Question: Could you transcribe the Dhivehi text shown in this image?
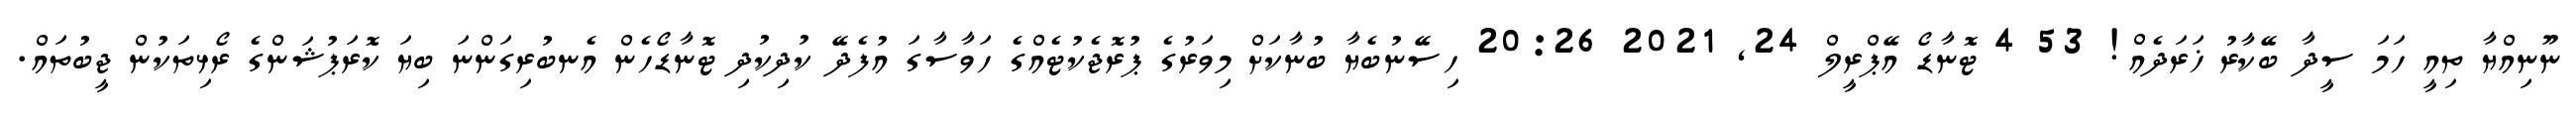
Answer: ނޫނިއްޔާ ތިއީ ހަމަ ސީދާ ބޭކާރު ޚަރަދެއް! 53 4 ޓޮނާޑޯ އޭޕްރީލް 24, 2021 20:26 ހިސޭނުބެޔާ ބުނާކަށް މިވަރުގެ ޕުރޮޖެކުޓެއްގެ ހަވާސާގަ އުފެދޭ ކުދިކުދި ޓޮނާޑޯހެން އެނބުރިގަންނަ ބިޔަ ކޮރަޕުޝަންގެ ރޯޅިތަކުން ޖީބުތައް.